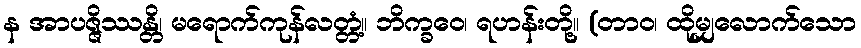
န အာပဇ္ဇိဿန္တိ၊ မရောက်ကုန်လတ္တံ့။ ဘိက္ခဝေ၊ ရဟန်းတို့။ (တာဝ၊ ထိုမျှလောက်သော